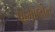
પામોલીન